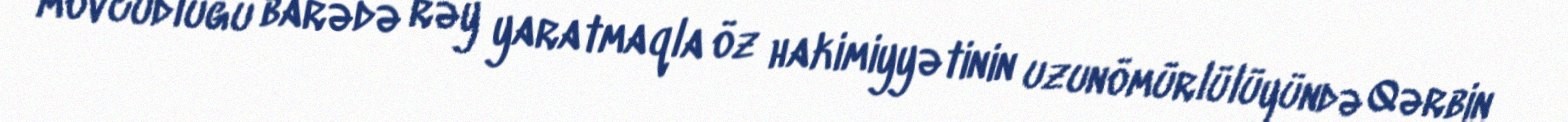
mövcudluğu barədə rəy yaratmaqla öz hakimiyyətinin uzunömürlülüyündə Qərbin